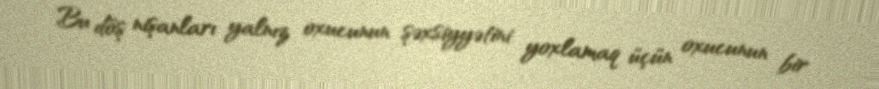
Bu döş nişanları yalnız oxucunun şəxsiyyətini yoxlamaq üçün oxucunun bir